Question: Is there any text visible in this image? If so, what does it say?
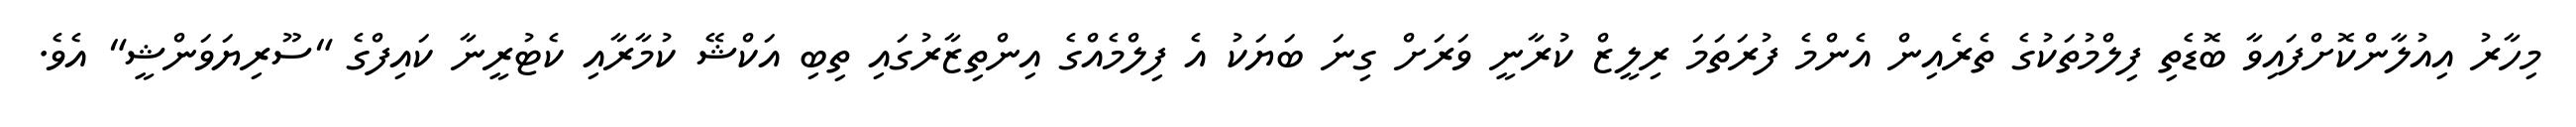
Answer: މިހާރު އިއުލާންކޮށްފައިވާ ބޮޑެތި ފިލްމުތަކުގެ ތެރެއިން އެންމެ ފުރަތަމަ ރިލީޒް ކުރާނީ ވަރަށް ގިނަ ބަޔަކު އެ ފިލްމެއްގެ އިންތިޒާރުގައި ތިބި އަކްޝޭ ކުމާރާއި ކެޓުރީނާ ކައިފްގެ "ސޫރިޔަވަންޝީ" އެވެ.